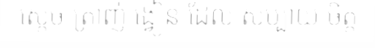
ស្តេច ត្រាញ់ ង្វៀន ដែល សប្បាយ ចិត្ត